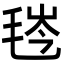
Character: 𬇁